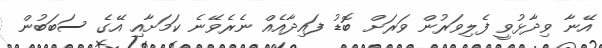
އޭނާ ވިދާޅުވީ ފެލިވަރުން ވަރަށް ބޮޑު ފައިދާއެއް ނެރެވޭނެ ކަމަށާއި އޭގެ ސަބަބުން